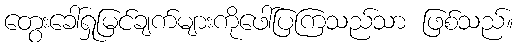
တွေးခေါ်ရှုမြင်ချက်များကိုဖေါ်ပြကြသည်သာ ဖြစ်သည်။